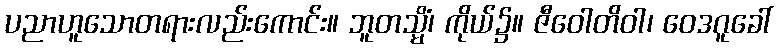
ပညာဟူသောတရားလည်းကောင်း။ ဘူတသ္မိံ၊ ကိုယ်၌။ ဇီဝေါတိဝါ၊ ဝေဒဂူခေါ်